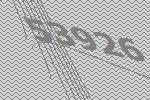
53926